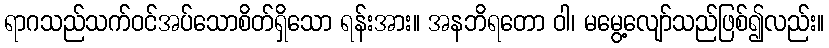
ရာဂသည်သက်ဝင်အပ်သောစိတ်ရှိသော ရန်းအား။ အနဘိရတော ဝါ၊ မမွေ့လျော်သည်ဖြစ်၍လည်း။